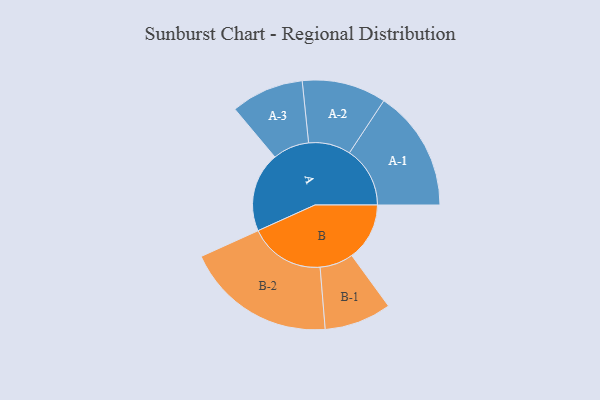
{"axis": {"x": "Segment", "y": "Value"}, "legend": ["", "A", "B"], "data": [{"x": "A", "y": 280, "type": ""}, {"x": "B", "y": 203, "type": ""}, {"x": "A-1", "y": 213, "type": "A"}, {"x": "A-2", "y": 148, "type": "A"}, {"x": "A-3", "y": 128, "type": "A"}, {"x": "B-1", "y": 118, "type": "B"}, {"x": "B-2", "y": 265, "type": "B"}]}